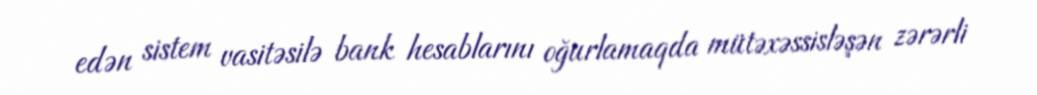
edən sistem vasitəsilə bank hesablarını oğurlamaqda mütəxəssisləşən zərərli